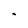
Character: I